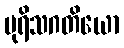
ပုရိသဂတိယော